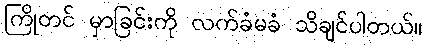
ကြိုတင် မှာခြင်းကို လက်ခံမခံ သိချင်ပါတယ်။